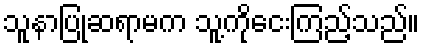
သူနာပြုဆရာမက သူ့ကိုငေးကြည့်သည်။